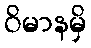
ဝိမာနမှိ